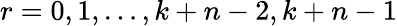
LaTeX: r=0,1,\dots,k+n-2,k+n-1